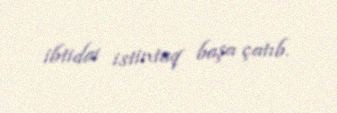
ibtidai istintaq başa çatıb.